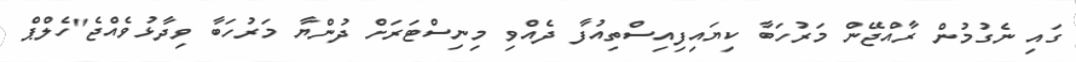
ގައި ނެގުމުން ރާއްޖޭން މަރުހަބާ ކިޔައިފިއިސްތިއުފާ ދެއްވި މިނިސްޓަރަށް ދުންޔާ މަރުހަބާ ވިދާޅުވެއްޖެ"ހެލްޕް